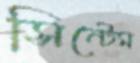
সিন্টেম